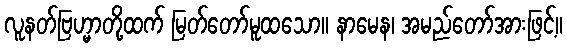
လူနတ်ဗြဟ္မာတို့ထက် မြတ်တော်မူထသော။ နာမေန၊ အမည်တော်အားဖြင့်။